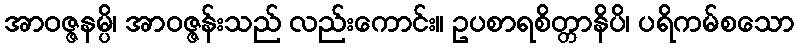
အာဝဇ္ဇနမ္ပိ၊ အာဝဇ္ဇန်းသည် လည်းကောင်း။ ဥပစာရစိတ္တာနိပိ၊ ပရိကမ်စသော